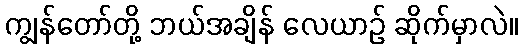
ကျွန်တော်တို့ ဘယ်အချိန် လေယာဉ် ဆိုက်မှာလဲ။